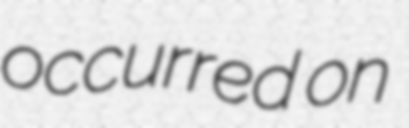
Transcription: occurred on